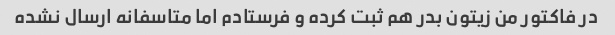
در فاکتور من زیتون بدر هم ثبت کرده و فرستادم اما متاسفانه ارسال نشده